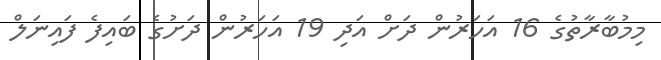
މިމުބާރާތުގެ 16 އަހަރުން ދަަށް އަދި 19 އަހަރުން ދަށުގެ ބައިފެ ފައިނަލް